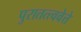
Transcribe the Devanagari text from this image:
पुरातत्त्ववेत्ते